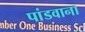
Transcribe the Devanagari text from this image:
पांडवाना